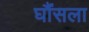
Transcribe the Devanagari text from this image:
घौंसला